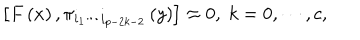
LaTeX: \left[ F \left( x \right) , \pi _ { i _ { 1 } \cdots i _ { p - 2 k - 2 } } \left( y \right) \right] \approx 0 , \; k = 0 , \cdots , c ,